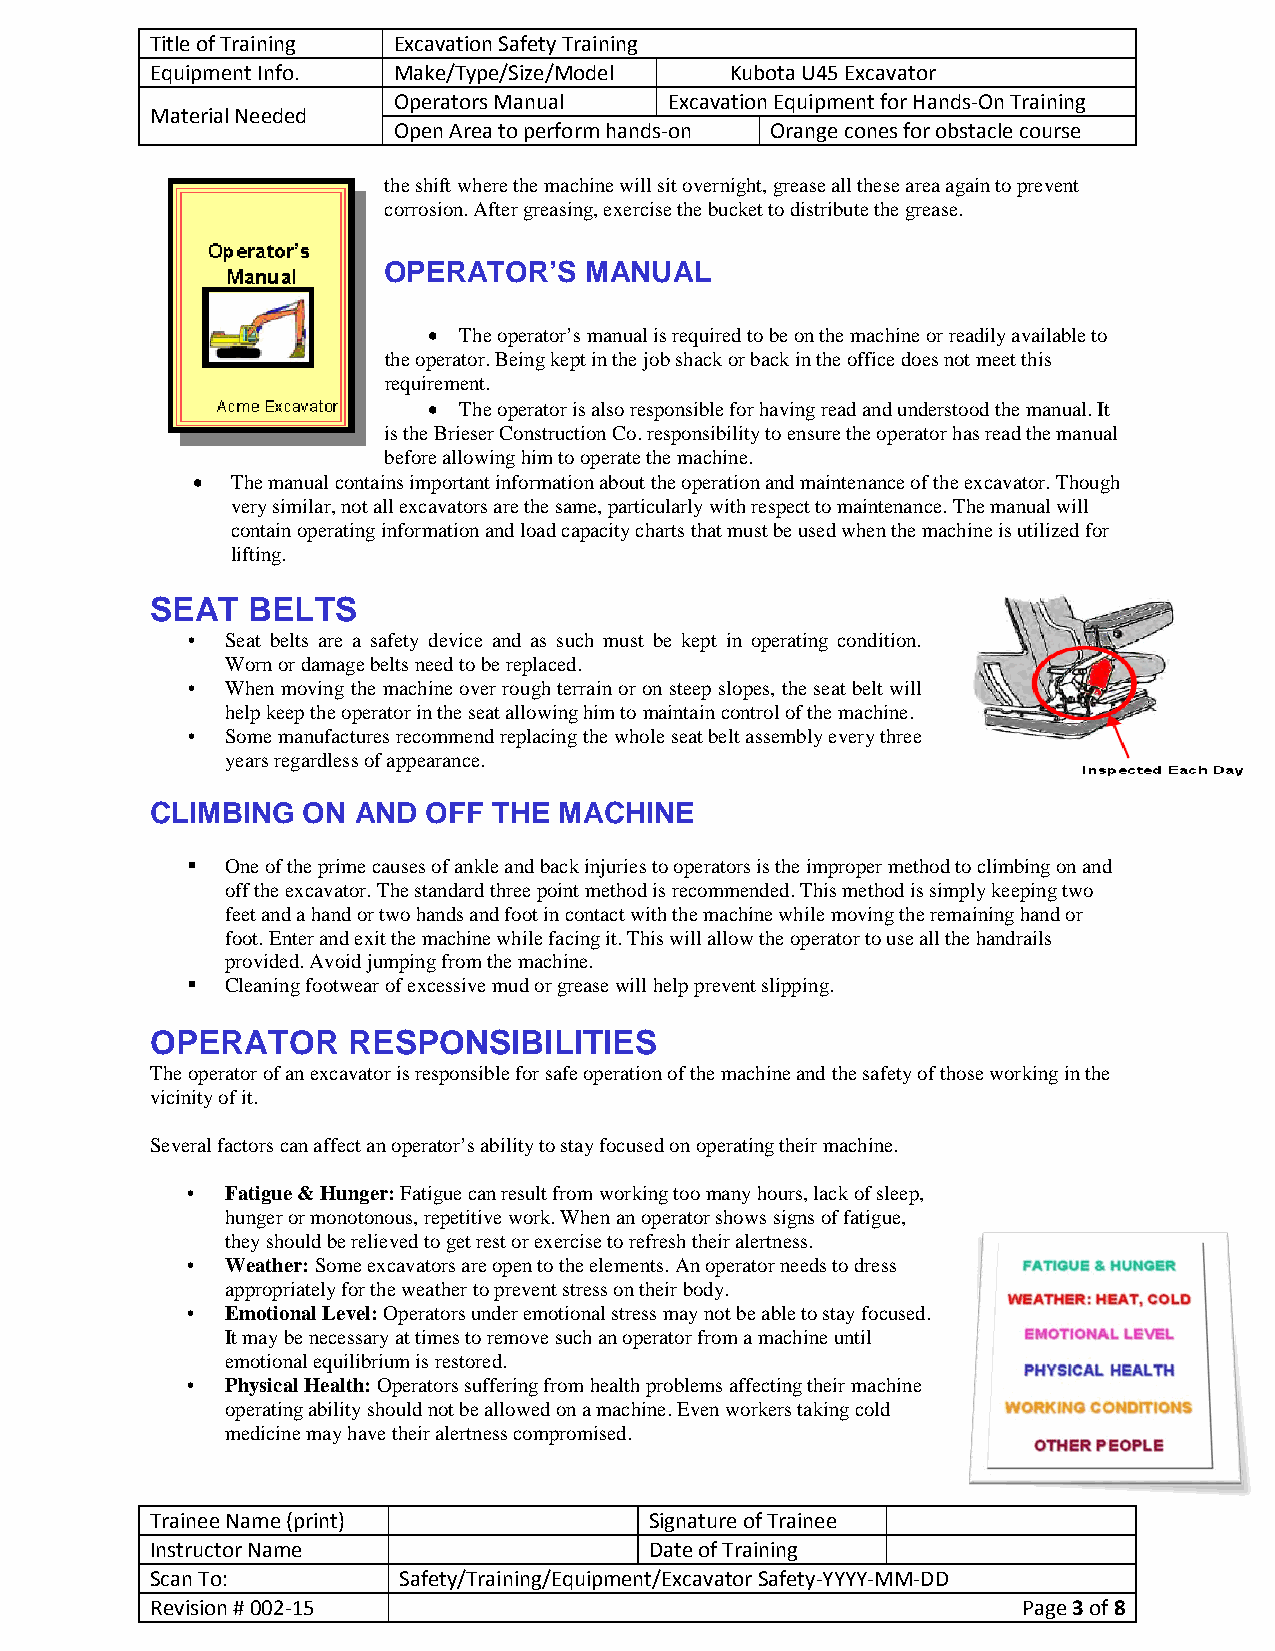
Title of Training Excavation Safety Training
 Equipment Info. Make/Type/Size/Model  Kubota U45 Excavator
 Operators Manual  Excavation Equipment for Hands-On Training
 Material Needed
 Open Area to perform hands-on Orange cones for obstacle course
 the shift where the machine will sit overnight, grease all these area again to prevent
 corrosion. After greasing, exercise the bucket to distribute the grease.
 OPERATOR’S    MANUAL
 • The operator’s manual is required to be on the machine or readily available to
 the operator. Being kept in the job shack or back in the office does not meet this
 requirement.
 • The operator is also responsible for having read and understood the manual. It
 is the Brieser Construction Co. responsibility to ensure the operator has read the manual
 before allowing him to operate the machine.
 • The manual contains important information about the operation and maintenance of the excavator. Though
 very similar, not all excavators are the same, particularly with respect to maintenance. The manual will
 contain operating information and load capacity charts that must be used when the machine is utilized for
 lifting.
 SEAT  BELTS
 •  Seat belts are a safety device and as such must be kept in operating condition.
 Worn or damage belts need to be replaced.
 •  When moving the machine over rough terrain or on steep slopes, the seat belt will
 help keep the operator in the seat allowing him to maintain control of the machine.
 •  Some manufactures recommend replacing the whole seat belt assembly every three
 years regardless of appearance.
 CLIMBING  ON AND  OFF  THE MACHINE
   One of the prime causes of ankle and back injuries to operators is the improper method to climbing on and
 off the excavator. The standard three point method is recommended. This method is simply keeping two
 feet and a hand or two hands and foot in contact with the machine while moving the remaining hand or
 foot. Enter and exit the machine while facing it. This will allow the operator to use all the handrails
 provided. Avoid jumping from the machine.
   Cleaning footwear of excessive mud or grease will help prevent slipping.
 OPERATOR     RESPONSIBILITIES
 The operator of an excavator is responsible for safe operation of the machine and the safety of those working in the
 vicinity of it.
 Several factors can affect an operator’s ability to stay focused on operating their machine.
 •  Fatigue & Hunger: Fatigue can result from working too many hours, lack of sleep,
 hunger or monotonous, repetitive work. When an operator shows signs of fatigue,
 they should be relieved to get rest or exercise to refresh their alertness.
 •  Weather: Some excavators are open to the elements. An operator needs to dress
 appropriately for the weather to prevent stress on their body.
 •  Emotional Level: Operators under emotional stress may not be able to stay focused.
 It may be necessary at times to remove such an operator from a machine until
 emotional equilibrium is restored.
 •  Physical Health: Operators suffering from health problems affecting their machine
 operating ability should not be allowed on a machine. Even workers taking cold
 medicine may have their alertness compromised.
 Trainee Name (print)             Signature of Trainee
 Instructor Name                  Date of Training
 Scan To:        Safety/Training/Equipment/Excavator Safety-YYYY-MM-DD
 Revision # 002-15                                         Page 3 of 8